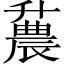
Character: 𫧪